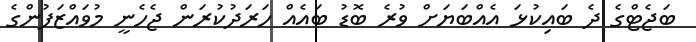
ބަޖެޓްގެ ދެ ބައިކުޅަ އެއްބަޔަށް ވުރެ ބޮޑު ބައެއް ހަރަދުކުރަން ޖެހެނީ މުވައްޒަފުންގެ